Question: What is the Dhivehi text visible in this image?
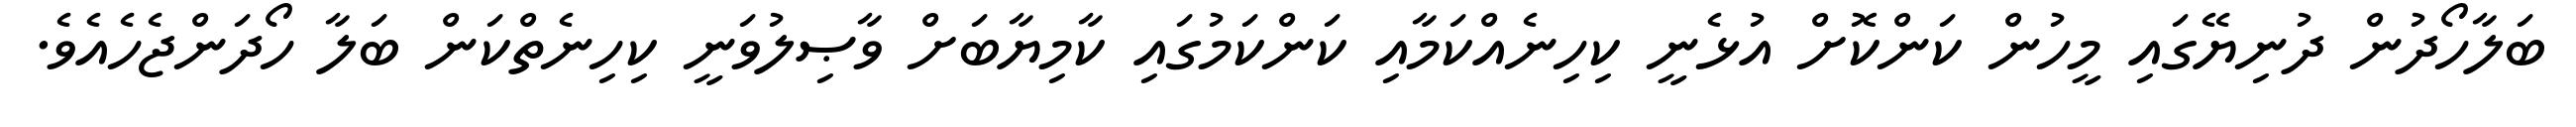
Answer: ބަލާހޯދުން ދުނިޔޭގައި މީހުން ކަންކޮށް އުޅެނީ ކިހިނެއްކަމާއި ކަންކަމުގައި ކާމިޔާބަށް ވާޞިލުވަނީ ކިހިނެތްކަން ބަލާ ހޯދަންޖެހެއެވެ.